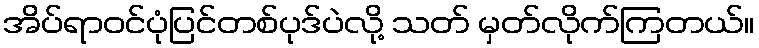
အိပ်ရာဝင်ပုံပြင်တစ်ပုဒ်ပဲလို့ သတ် မှတ်လိုက်ကြတယ်။